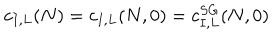
c _ { I , L } ( N ) = c _ { I , L } ( N , 0 ) = c _ { I , L } ^ { S G } ( N , 0 )